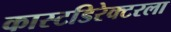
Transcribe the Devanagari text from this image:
कास्टडिरेक्टरला